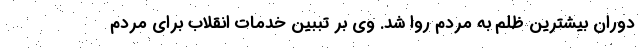
دوران بیشترین ظلم به مردم روا شد. وی بر تببین خدمات انقلاب برای مردم